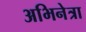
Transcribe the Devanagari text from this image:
अभिनेत्रा